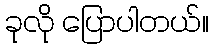
ခုလို ပြောပါတယ်။